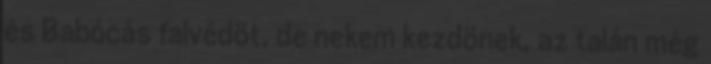
és Babócás falvédöt, de nekem kezdönek, az talán még